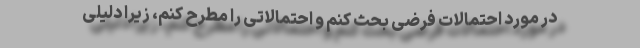
در مورد احتمالات فرضی بحث کنم و احتمالاتی را مطرح کنم، زیرا دلیلی